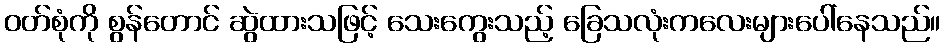
ဝတ်စုံကို စွန်တောင် ဆွဲထားသဖြင့် သေးကွေးသည့် ခြေသလုံးကလေးများပေါ်နေသည်။